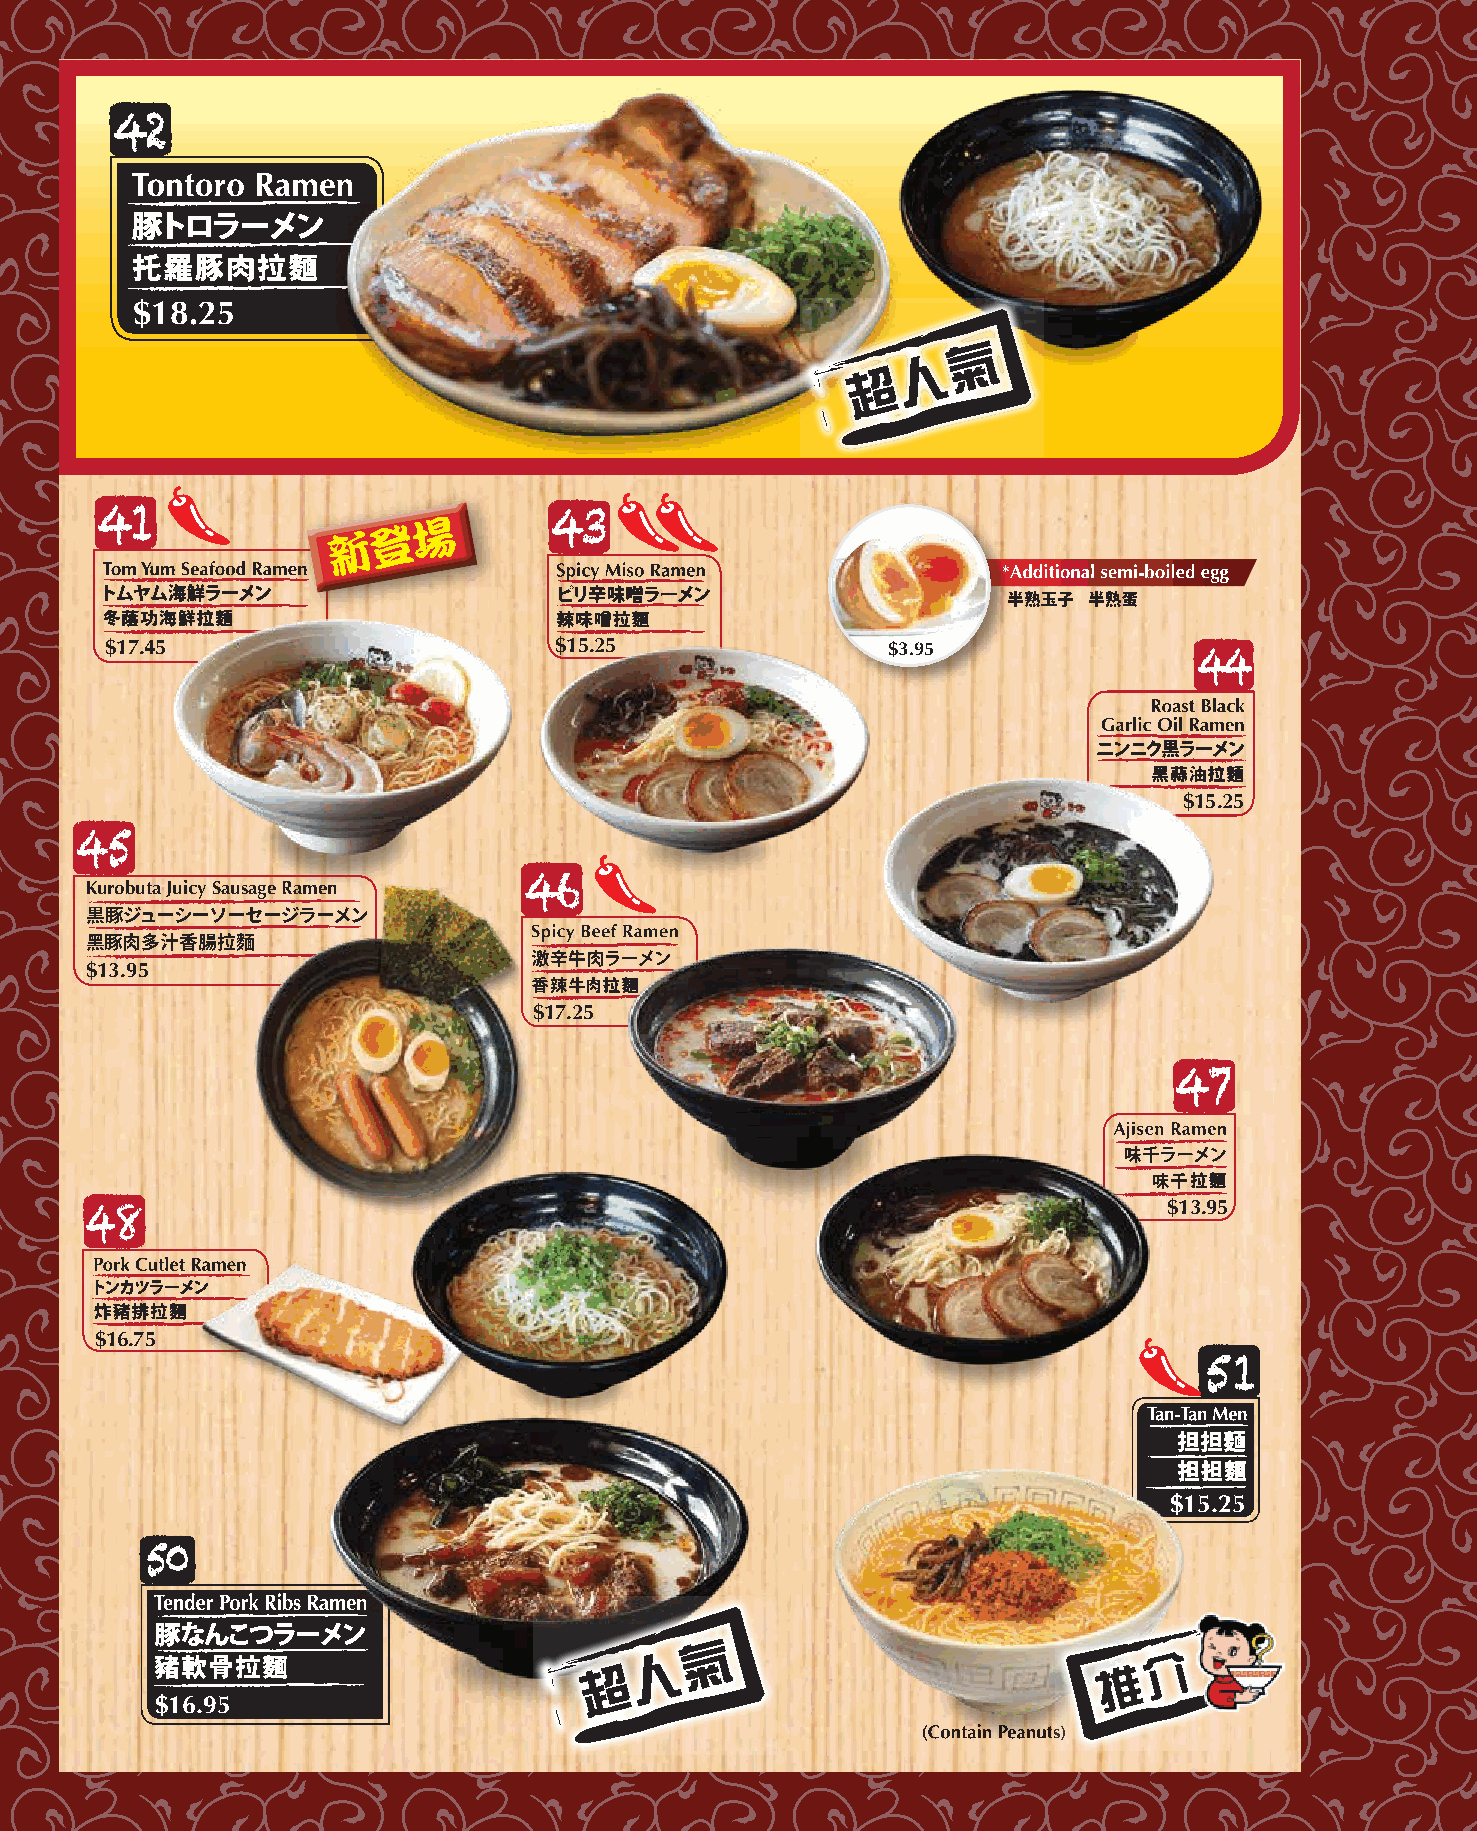
$18.25
 $17.45                        $15.25                $3.95
 $15.25
 Kurobuta Juicy Sausage Ramen
 黒豚ジューシーソーセージラーメン
 黑豚肉多汁香腸拉麵
 $13.95
 $17.25
 $13.95
 $16.75
 $15.25
 $16.95